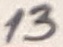
Text: 13